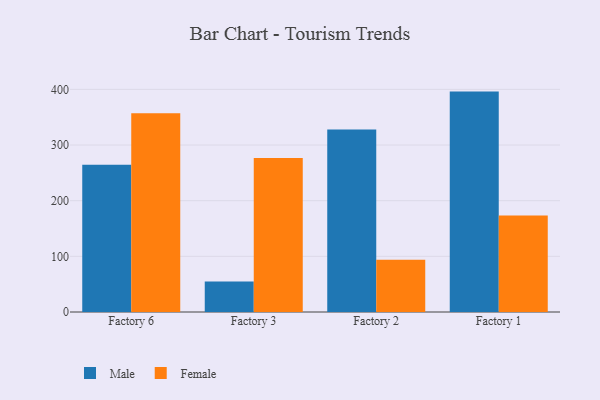
{"axis": {"x": "Factory", "y": "Temperature (°C)"}, "legend": ["Female", "Male"], "data": [{"x": "Factory 6", "y": 264.6, "type": "Male"}, {"x": "Factory 6", "y": 357.2, "type": "Female"}, {"x": "Factory 3", "y": 55.0, "type": "Male"}, {"x": "Factory 3", "y": 276.6, "type": "Female"}, {"x": "Factory 2", "y": 328.0, "type": "Male"}, {"x": "Factory 2", "y": 94.1, "type": "Female"}, {"x": "Factory 1", "y": 396.0, "type": "Male"}, {"x": "Factory 1", "y": 173.5, "type": "Female"}]}